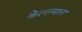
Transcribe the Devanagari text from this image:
केल्ल्याला